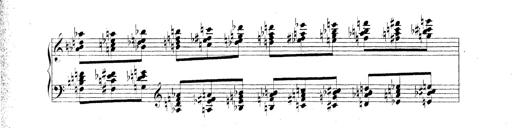
Title: Technische Studien
Composer: Franz Liszt